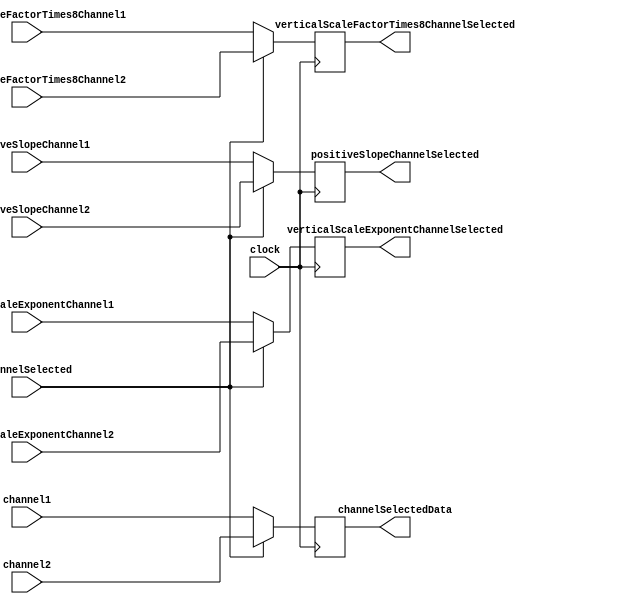
`timescale 1ns / 1ps

module SelectChannelData
    #(parameter SAMPLE_BITS = 12,
                SCALE_FACTOR_BITS = 10,
                SCALE_EXPONENT_BITS = 4)
    (input clock,
    input [SAMPLE_BITS-1:0] channel1,
    input [SAMPLE_BITS-1:0] channel2,
    input positiveSlopeChannel1,
    input positiveSlopeChannel2,
    input [SCALE_FACTOR_BITS-1:0] verticalScaleFactorTimes8Channel1,
    input [SCALE_FACTOR_BITS-1:0] verticalScaleFactorTimes8Channel2,
    input [SCALE_EXPONENT_BITS-1:0] verticalScaleExponentChannel1,
    input [SCALE_EXPONENT_BITS-1:0] verticalScaleExponentChannel2,
    input channelSelected,
    output reg [SAMPLE_BITS-1:0] channelSelectedData,
    output reg positiveSlopeChannelSelected,
    output reg [SCALE_FACTOR_BITS-1:0] verticalScaleFactorTimes8ChannelSelected,
    output reg [SCALE_EXPONENT_BITS-1:0] verticalScaleExponentChannelSelected
    );
    
    always @(posedge clock) begin
        if (channelSelected) begin
            channelSelectedData <= channel2;
            positiveSlopeChannelSelected <= positiveSlopeChannel2;
            verticalScaleFactorTimes8ChannelSelected <= verticalScaleFactorTimes8Channel2;
            verticalScaleExponentChannelSelected <= verticalScaleExponentChannel2;
        end else begin
            channelSelectedData <= channel1;
            positiveSlopeChannelSelected <= positiveSlopeChannel1;
            verticalScaleFactorTimes8ChannelSelected <= verticalScaleFactorTimes8Channel1;
            verticalScaleExponentChannelSelected <= verticalScaleExponentChannel1;
        end
    end
    
endmodule